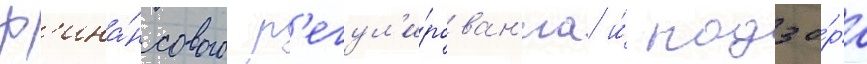
ф'ина́нсового р'егул'и́рован'иа и́ надзо́ра